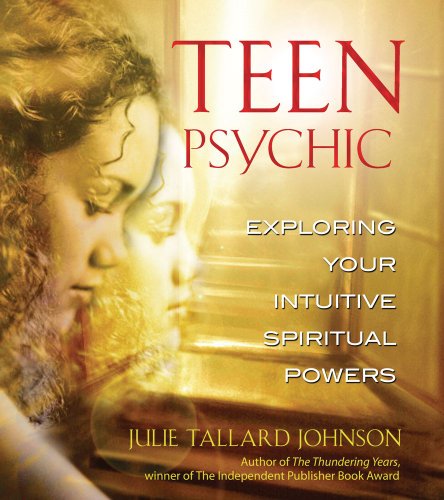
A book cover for Teen Psychic: Exploring Your Intuitive Spiritual Powers; Julie Tallard Johnson; Teen & Young Adult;